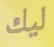
ليك